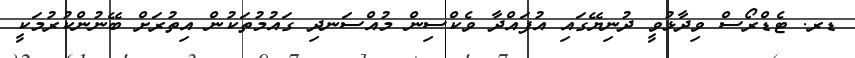
ޑރ. ޓެޑްރޯސް ވިދާޅުވީ ދުނިޔޭގައި އުފައްދާ ވެކްސިން މުއްސަނދި ގައުމުތަކުން އިތުރަށް ބޭނުންކުރުމަކީ